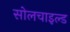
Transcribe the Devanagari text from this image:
सोलचाइल्ड